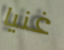
غنيا